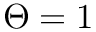
\Theta = 1